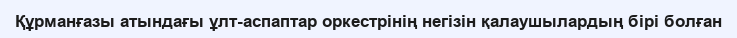
Құрманғазы атындағы ұлт-аспаптар оркестрінің негізін қалаушылардың бірі болған